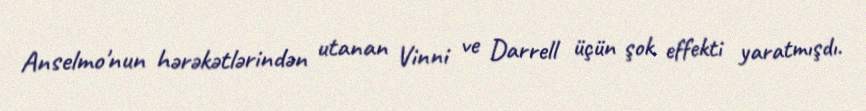
Anselmo'nun hərəkətlərindən utanan Vinni ve Darrell üçün şok effekti yaratmışdı.